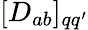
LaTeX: [D_{ab}]_{qq^{\prime}}